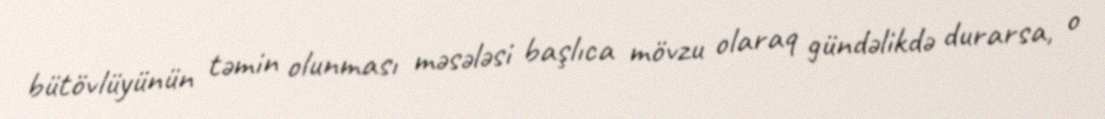
bütövlüyünün təmin olunması məsələsi başlıca mövzu olaraq gündəlikdə durarsa, o